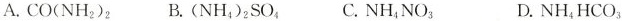
A. CO(NH_{2})_{2} B. (NH_{4})_{2}SO_{4} C. NH_{4}NO_{3} D. NH_{4}HCO_{3}